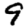
Digit: 9